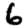
Digit: 6